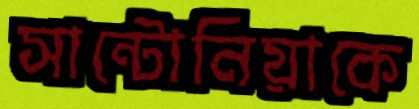
সান্টোনিয়াকে